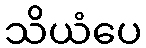
သိယံပေ